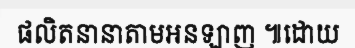
ផលិតនានាតាមអនឡាញ ៕ដោយ